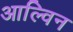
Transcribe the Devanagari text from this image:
आल्विन